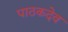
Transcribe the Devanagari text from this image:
पाठकदेव